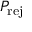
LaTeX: P _ { \mathrm { r e j } }